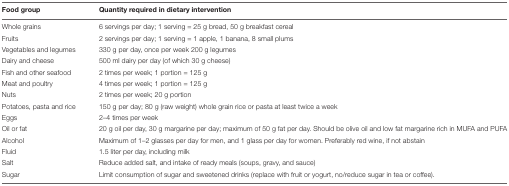
| Food group | Quantity required in dietary intervention |
 | --- | --- |
 | Whole grains | 6 servings per day; 1 serving = 25 g bread, 50 g breakfast cereal |
 | Fruits | 2 servings per day; 1 serving = 1 apple, 1 banana, 8 small plums |
 | Vegetables and legumes | 330 g per day, once per week 200 g legumes |
 | Dairy and cheese | 500 ml dairy per day (of which 30 g cheese) |
 | Fish and other seafood | 2 times per week; 1 portion = 125 g |
 | Meat and poultry | 4 times per week; 1 portion = 125 g |
 | Nuts | 2 times per week; 20 g portion |
 | Potatoes, pasta and rice | 150 g per day; 80 g (raw weight) whole grain rice or pasta at least twice a week |
 | Eggs | 2–4 times per week |
 | Oil or fat | 20 g oil per day, 30 g margarine per day; maximum of 50 g fat per day. Should be olive oil and low fat margarine rich in MUFA and PUFA |
 | Alcohol | Maximum of 1–2 glasses per day for men, and 1 glass per day for women. Preferably red wine, if not abstain |
 | Fluid | 1.5 liter per day, including milk |
 | Salt | Reduce added salt, and intake of ready meals (soups, gravy, and sauce) |
 | Sugar | Limit consumption of sugar and sweetened drinks (replace with fruit or yogurt, no/reduce sugar in tea or coffee). |